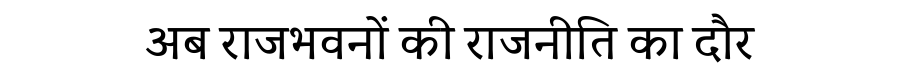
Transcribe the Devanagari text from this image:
अब राजभवनों की राजनीति का दौर